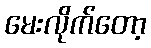
မေးလိုက်တော့